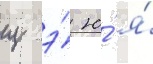
щ э́ ю́ я́